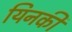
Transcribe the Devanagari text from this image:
यिनकी